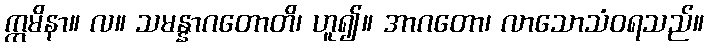
ဣမိနာ။ လ။ သမန္နာဂတောတိ၊ ဟူ၍။ အာဂတော၊ လာသောသံဝရသည်။